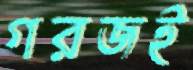
গরজই